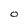
Character: O